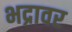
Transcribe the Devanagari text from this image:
भद्रावर